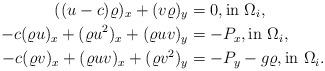
LaTeX: \begin{align*}((u-c) \varrho )_x + (v \varrho)_y & = 0, \textrm{in } \Omega_i, \\-c(\varrho u)_x + (\varrho u^2)_x + (\varrho uv)_y & = -P_x , \textrm{in } \Omega_i, \\-c(\varrho v)_x + (\varrho uv)_x + (\varrho v^2)_y & = -P_y - g \varrho, \textrm{in } \Omega_i. \end{align*}